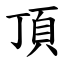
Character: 頂